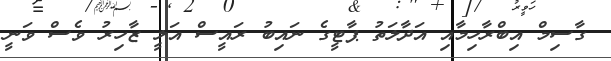
ގާސިމް އިބްރާހިމާއި އަދާލަތު ޕާޓީގެ ނައިބު ރައީސް އަލީ ޒާހިރު ވެސް ވަނީ